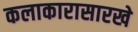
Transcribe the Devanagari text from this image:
कलाकारासारखे